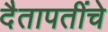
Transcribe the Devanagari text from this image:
दैतापतींचे